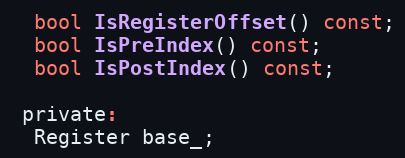
Language: C
  bool IsRegisterOffset() const;
  bool IsPreIndex() const;
  bool IsPostIndex() const;

 private:
  Register base_;